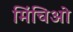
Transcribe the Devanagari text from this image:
मिंचिओ